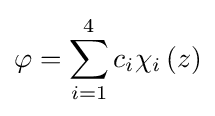
\varphi =\sum _{i=1}^{4}c_{i}\chi _{i}\left(z\right)